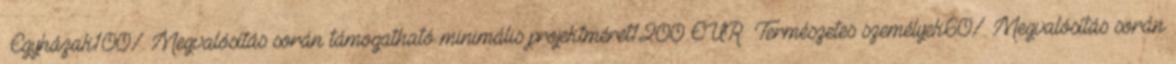
▪Egyházak100%▪Megvalósítás során támogatható minimális projektméret1200 EUR ▪Természetes személyek60%▪Megvalósítás során